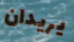
يريدان